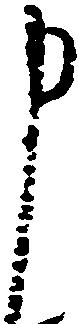
申